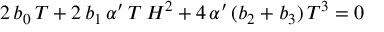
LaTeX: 2 \, b _ { 0 } \, T + 2 \, b _ { 1 } \, \alpha ^ { \prime } \, T \, H ^ { 2 } + 4 \, \alpha ^ { \prime } \, ( b _ { 2 } + b _ { 3 } ) \, T ^ { 3 } = 0